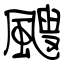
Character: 颼